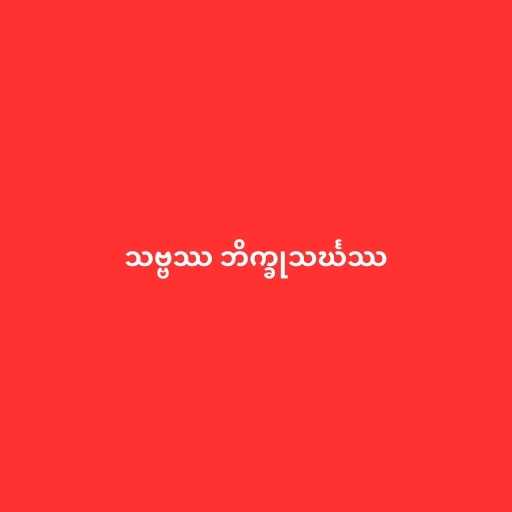
သဗ္ဗဿ ဘိက္ခုသင်္ဃဿ